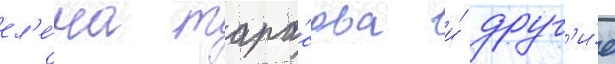
ел'е́на тара́сова и́ друг'и́е